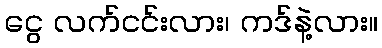
ငွေ လက်ငင်းလား၊ ကဒ်နဲ့လား။